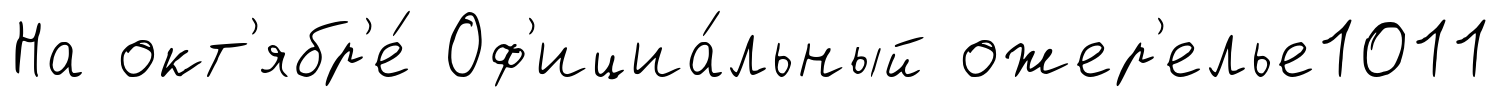
На окт'ябр'е́ Оф'ициа́льный ожер'елье1011